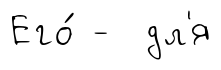
Его́ - дл'я